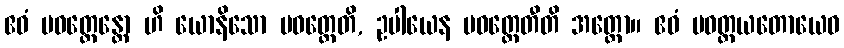
ဧဝံ ပဝတ္တေန္တော ဟိ ယောနိသော ပဝတ္တေတိ, ဥပါယေန ပဝတ္တေတီတိ အတ္ထော။ ဧဝံ ပဝတ္တယတောယေဝ